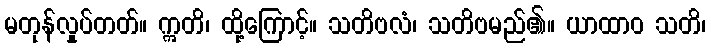
မတုန်လှုပ်တတ်။ ဣတိ၊ ထို့ကြောင့်။ သတိဗလံ၊ သတိဗမည်၏။ ယာထာဝ သတိ၊